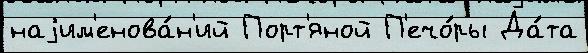
наjим'енова́н'ий Порт'яной П'ечо́ры Да́та